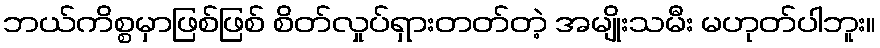
ဘယ်ကိစ္စမှာဖြစ်ဖြစ် စိတ်လှုပ်ရှားတတ်တဲ့ အမျိုးသမီး မဟုတ်ပါဘူး။